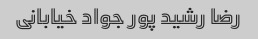
رضا رشید پور جواد خیابانی